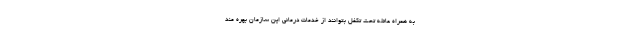
به همراه عائله تحت تکفل بتوانند از خدمات درمانی این سازمان بهره مند